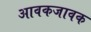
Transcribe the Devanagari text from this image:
आवकजावक